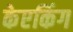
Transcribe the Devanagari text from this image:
केएकिंग